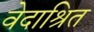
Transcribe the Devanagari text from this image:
वेदाश्रित